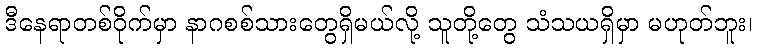
ဒီနေရာတစ်ဝိုက်မှာ နာဂစစ်သားတွေရှိမယ်လို့ သူတို့တွေ သံသယရှိမှာ မဟုတ်ဘူး၊